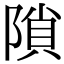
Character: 𨻈